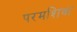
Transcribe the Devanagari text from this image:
परमशिवा